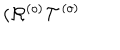
( \mathcal { R } ^ { \left( o \right) } \mathcal { T } ^ { \left( o \right) }